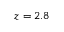
z = 2 . 8